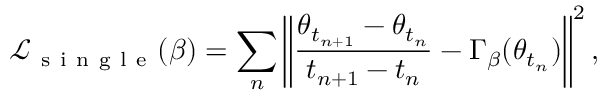
\mathcal { L } _ { \mathrm { ~ s ~ i ~ n ~ g ~ l ~ e ~ } } ( \beta ) = \sum _ { n } \left\| \frac { \theta _ { t _ { n + 1 } } - \theta _ { t _ { n } } } { t _ { n + 1 } - t _ { n } } - \Gamma _ { \beta } ( \theta _ { t _ { n } } ) \right\| ^ { 2 } ,